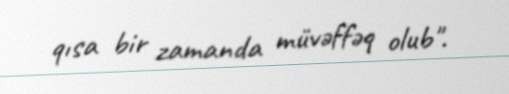
qısa bir zamanda müvəffəq olub".